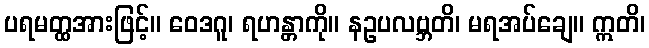
ပရမတ္ထအားဖြင့်။ ဝေဒဂူ၊ ရဟန္တာကို။ နဥပလဗ္ဘတိ၊ မရအပ်ချေ။ ဣတိ၊